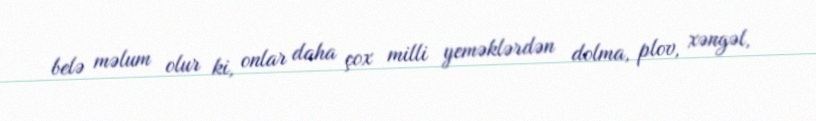
belə məlum olur ki, onlar daha çox milli yeməklərdən dolma, plov, xəngəl,